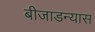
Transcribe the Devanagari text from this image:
बीजाडन्यास